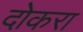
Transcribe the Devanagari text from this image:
दोकरा